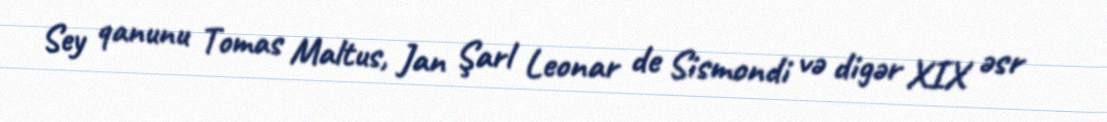
Sey qanunu Tomas Maltus, Jan Şarl Leonar de Sismondi və digər XIX əsr